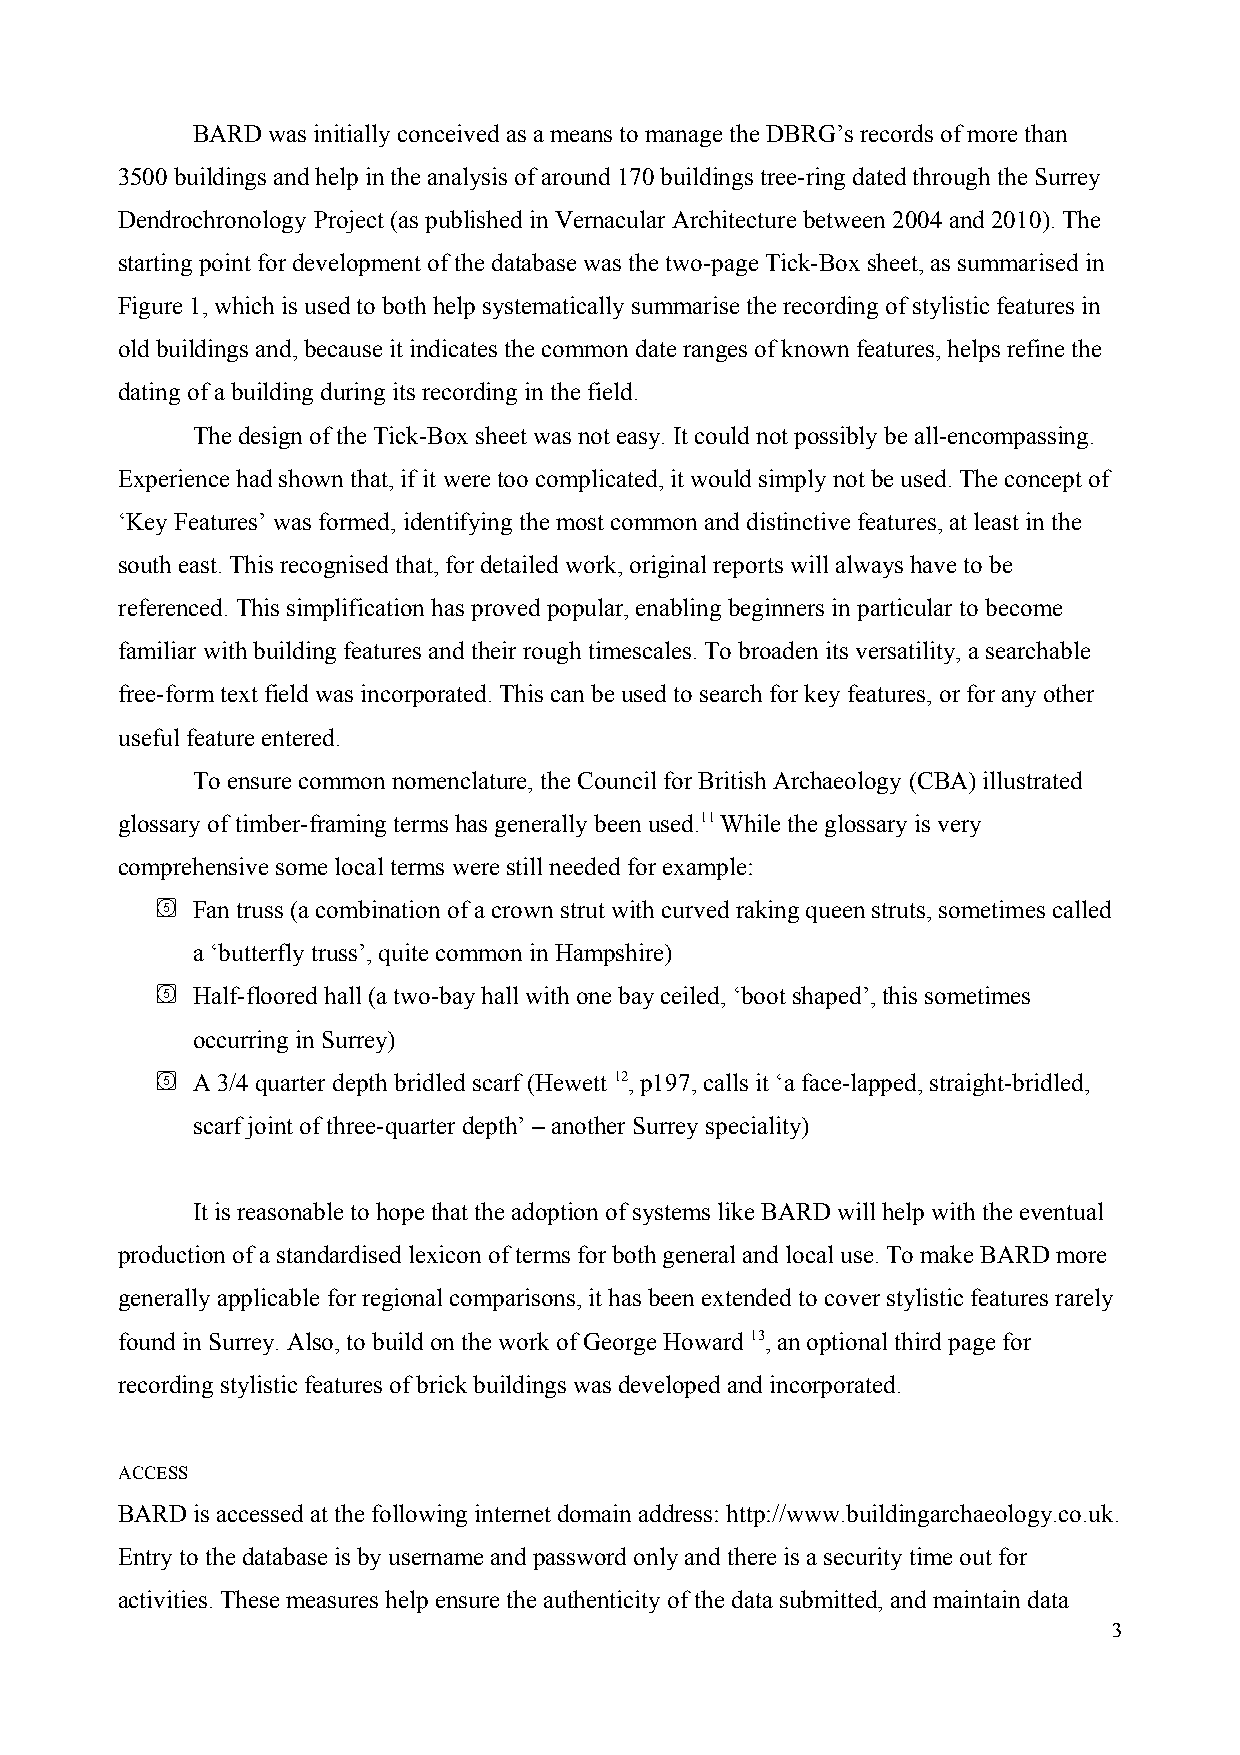
BARD was initially conceived as a means to manage the DBRG’s records of more than
 3500 buildings and help in the analysis of around 170 buildings tree-ring dated through the Surrey
 Dendrochronology Project (as published in Vernacular Architecture between 2004 and 2010). The
 starting point for development of the database was the two-page Tick-Box sheet, as summarised in
 Figure 1, which is used to both help systematically summarise the recording of stylistic features in
 old buildings and, because it indicates the common date ranges of known features, helps refine the
 dating of a building during its recording in the field.
 The design of the Tick-Box sheet was not easy. It could not possibly be all-encompassing.
 Experience had shown that, if it were too complicated, it would simply not be used. The concept of
 ‘Key Features’ was formed, identifying the most common and distinctive features, at least in the
 south east. This recognised that, for detailed work, original reports will always have to be
 referenced. This simplification has proved popular, enabling beginners in particular to become
 familiar with building features and their rough timescales. To broaden its versatility, a searchable
 free-form text field was incorporated. This can be used to search for key features, or for any other
 useful feature entered.
 To ensure common nomenclature, the Council for British Archaeology (CBA) illustrated
 glossary of timber-framing terms has generally been used.11 While the glossary is very
 comprehensive some local terms were still needed for example:
   Fan truss (a combination of a crown strut with curved raking queen struts, sometimes called
 a ‘butterfly truss’, quite common in Hampshire)
   Half-floored hall (a two-bay hall with one bay ceiled, ‘boot shaped’, this sometimes
 occurring in Surrey)
   A 3/4 quarter depth bridled scarf (Hewett 12, p197, calls it ‘a face-lapped, straight-bridled,
 scarf joint of three-quarter depth’ – another Surrey speciality)
 It is reasonable to hope that the adoption of systems like BARD will help with the eventual
 production of a standardised lexicon of terms for both general and local use. To make BARD more
 generally applicable for regional comparisons, it has been extended to cover stylistic features rarely
 found in Surrey. Also, to build on the work of George Howard 13, an optional third page for
 recording stylistic features of brick buildings was developed and incorporated.
 ACCESS
 BARD is accessed at the following internet domain address: http://www.buildingarchaeology.co.uk.
 Entry to the database is by username and password only and there is a security time out for
 activities. These measures help ensure the authenticity of the data submitted, and maintain data
 3